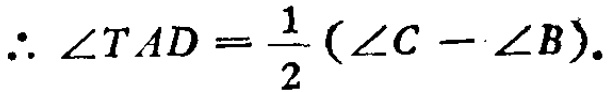
\(\therefore \angle TAD=\frac{1}{2}(\angle C - \angle B).\)